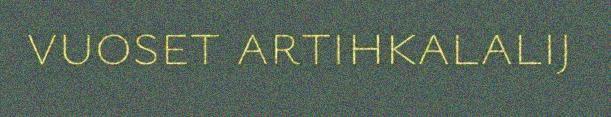
vuoset artihkalalij